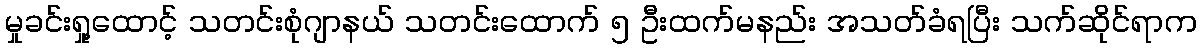
မှုခင်းရှု့ထောင့် သတင်းစုံဂျာနယ် သတင်းထောက် ၅ ဦးထက်မနည်း အသတ်ခံရပြီး သက်ဆိုင်ရာက